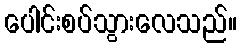
ပေါင်းစပ်သွားလေသည်။